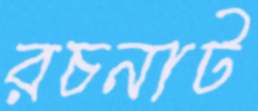
রচনাট